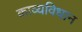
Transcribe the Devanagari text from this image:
काव्यविधान